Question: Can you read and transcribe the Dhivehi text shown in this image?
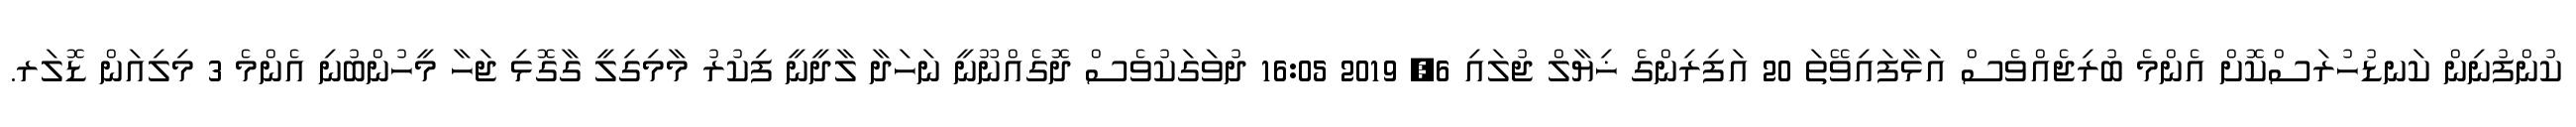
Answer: ކުންފުނިން ކަނޑުހުރަސްކޮށް އެންމެ ބުރިޖެއްވެސް އަޅާފައިވޭތަ 20 އަފިރިންގެ ޚިޔާލް ޖުލައި 6, 2019 16:05 ދުވަގަކުވެސް ދޮގެއްނޫނީ ނަހަދާ ލާދީނީ ފިކުރު މާމިގިލީ ގާގޮޅި ޖަހާ މީހުންބުނި އެންމެ 3 މިލިއަން ޑޮލަރ.